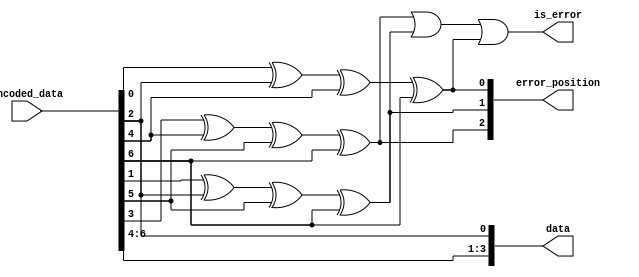
`timescale 1ns / 1ps


module HAMMING_DECODER(
input [6:0] encoded_data,
    output [3:0] data,
    output [2:0] error_position,
    output is_error
    ); 
    
    assign data[0]= encoded_data[2];
    assign data[1]= encoded_data[4];
    assign data[2]= encoded_data[5];
    assign data[3]= encoded_data[6];
    
    assign c1= encoded_data[0]^encoded_data[2]^encoded_data[4]^encoded_data[6]; 
    assign c2= encoded_data[1]^encoded_data[2]^encoded_data[5]^encoded_data[6]; 
    assign c3= encoded_data[3]^encoded_data[4]^encoded_data[5]^encoded_data[6]; 
    assign error_position= {c3,c2,c1};
    assign is_error = c3 |c2 | c1;
  
endmodule